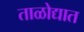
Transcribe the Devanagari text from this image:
ताळोद्यात